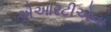
એઆરટીએના